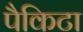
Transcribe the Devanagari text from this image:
पैकिटा